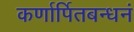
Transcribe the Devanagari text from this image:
कर्णार्पितबन्धनं